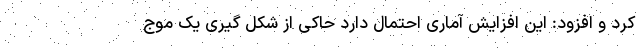
کرد و افزود: این افزایش آماری احتمال دارد حاکی از شکل گیری یک موج